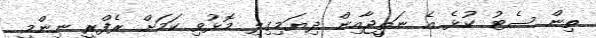
ތިން ސެޓު ކުޅެ އެ ނަތީޖާއިން ދިޔަމިގިލި މޮޅުވި ކަމަށް ރެފްރީ ނިންމީ